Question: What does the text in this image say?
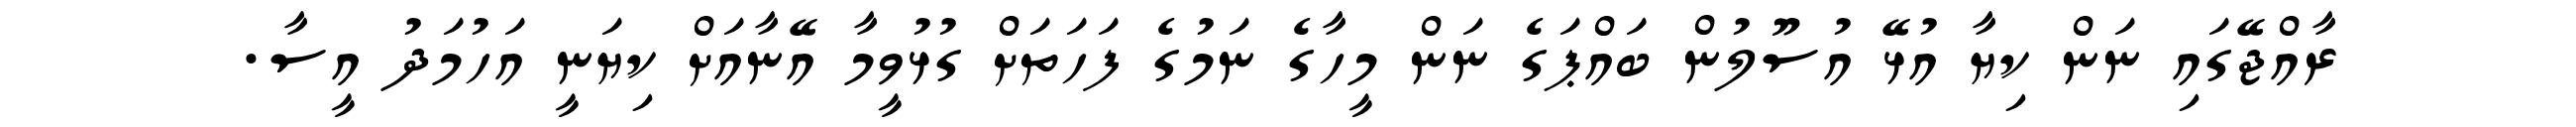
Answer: ރާއްޖޭގައި ނަން ކިޔާ އުޅޭ އުސޫލުން ބައްޕަގެ ނަން މީހާގެ ނަމުގެ ފަހަތަށް ގުޅުވީމާ އޭނާއަށް ކިޔަނީ އަހުމަދު އީސާ.